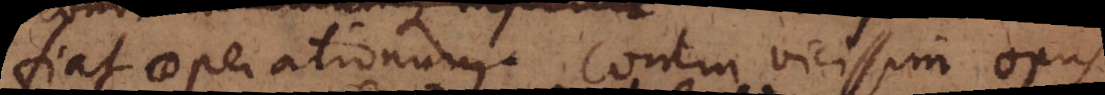
fiat operationum. Contra vicissim opus